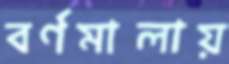
বর্ণমালায়